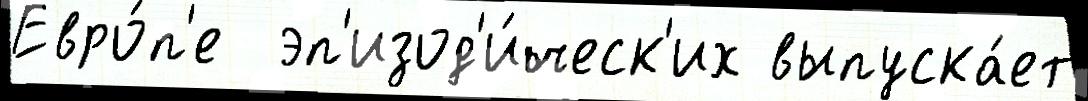
Евро́п'е  эп'изод'и́ческ'их выпуска́ет